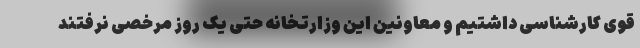
قوی کارشناسی داشتیم و معاونین این وزارتخانه حتی یک روز مرخصی نرفتند